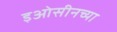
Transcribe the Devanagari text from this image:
इओसीनच्या